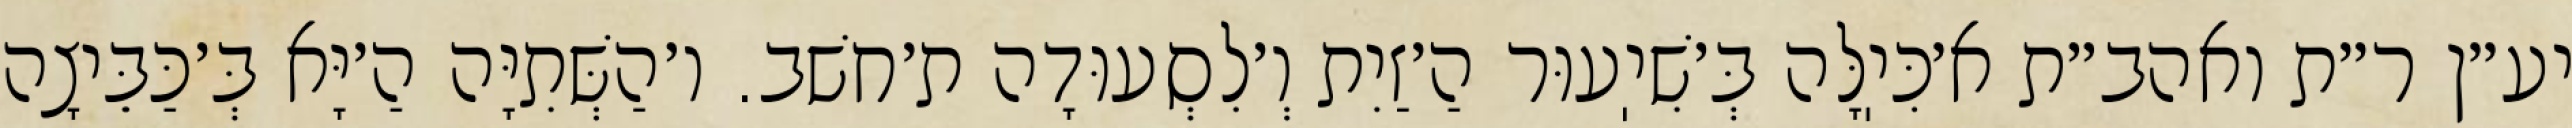
יע״ן ר״ת ואהב״ת א׳כִּיֽלָּה בְּ׳שִׁיֽעוּר הַ׳זַיִת וְ׳לִסְעוּדָה ת׳חשׁב. ו׳הַשְּׁתִיָּה הַ׳יָּא בְּ׳כַּבֵּיצָה